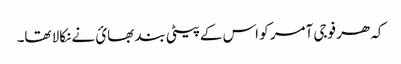
کہ ھر فوجی آمر کو اس کے پیٹی بند بھائ نے نکالا تھا۔